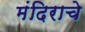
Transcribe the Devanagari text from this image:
मंदिराचे